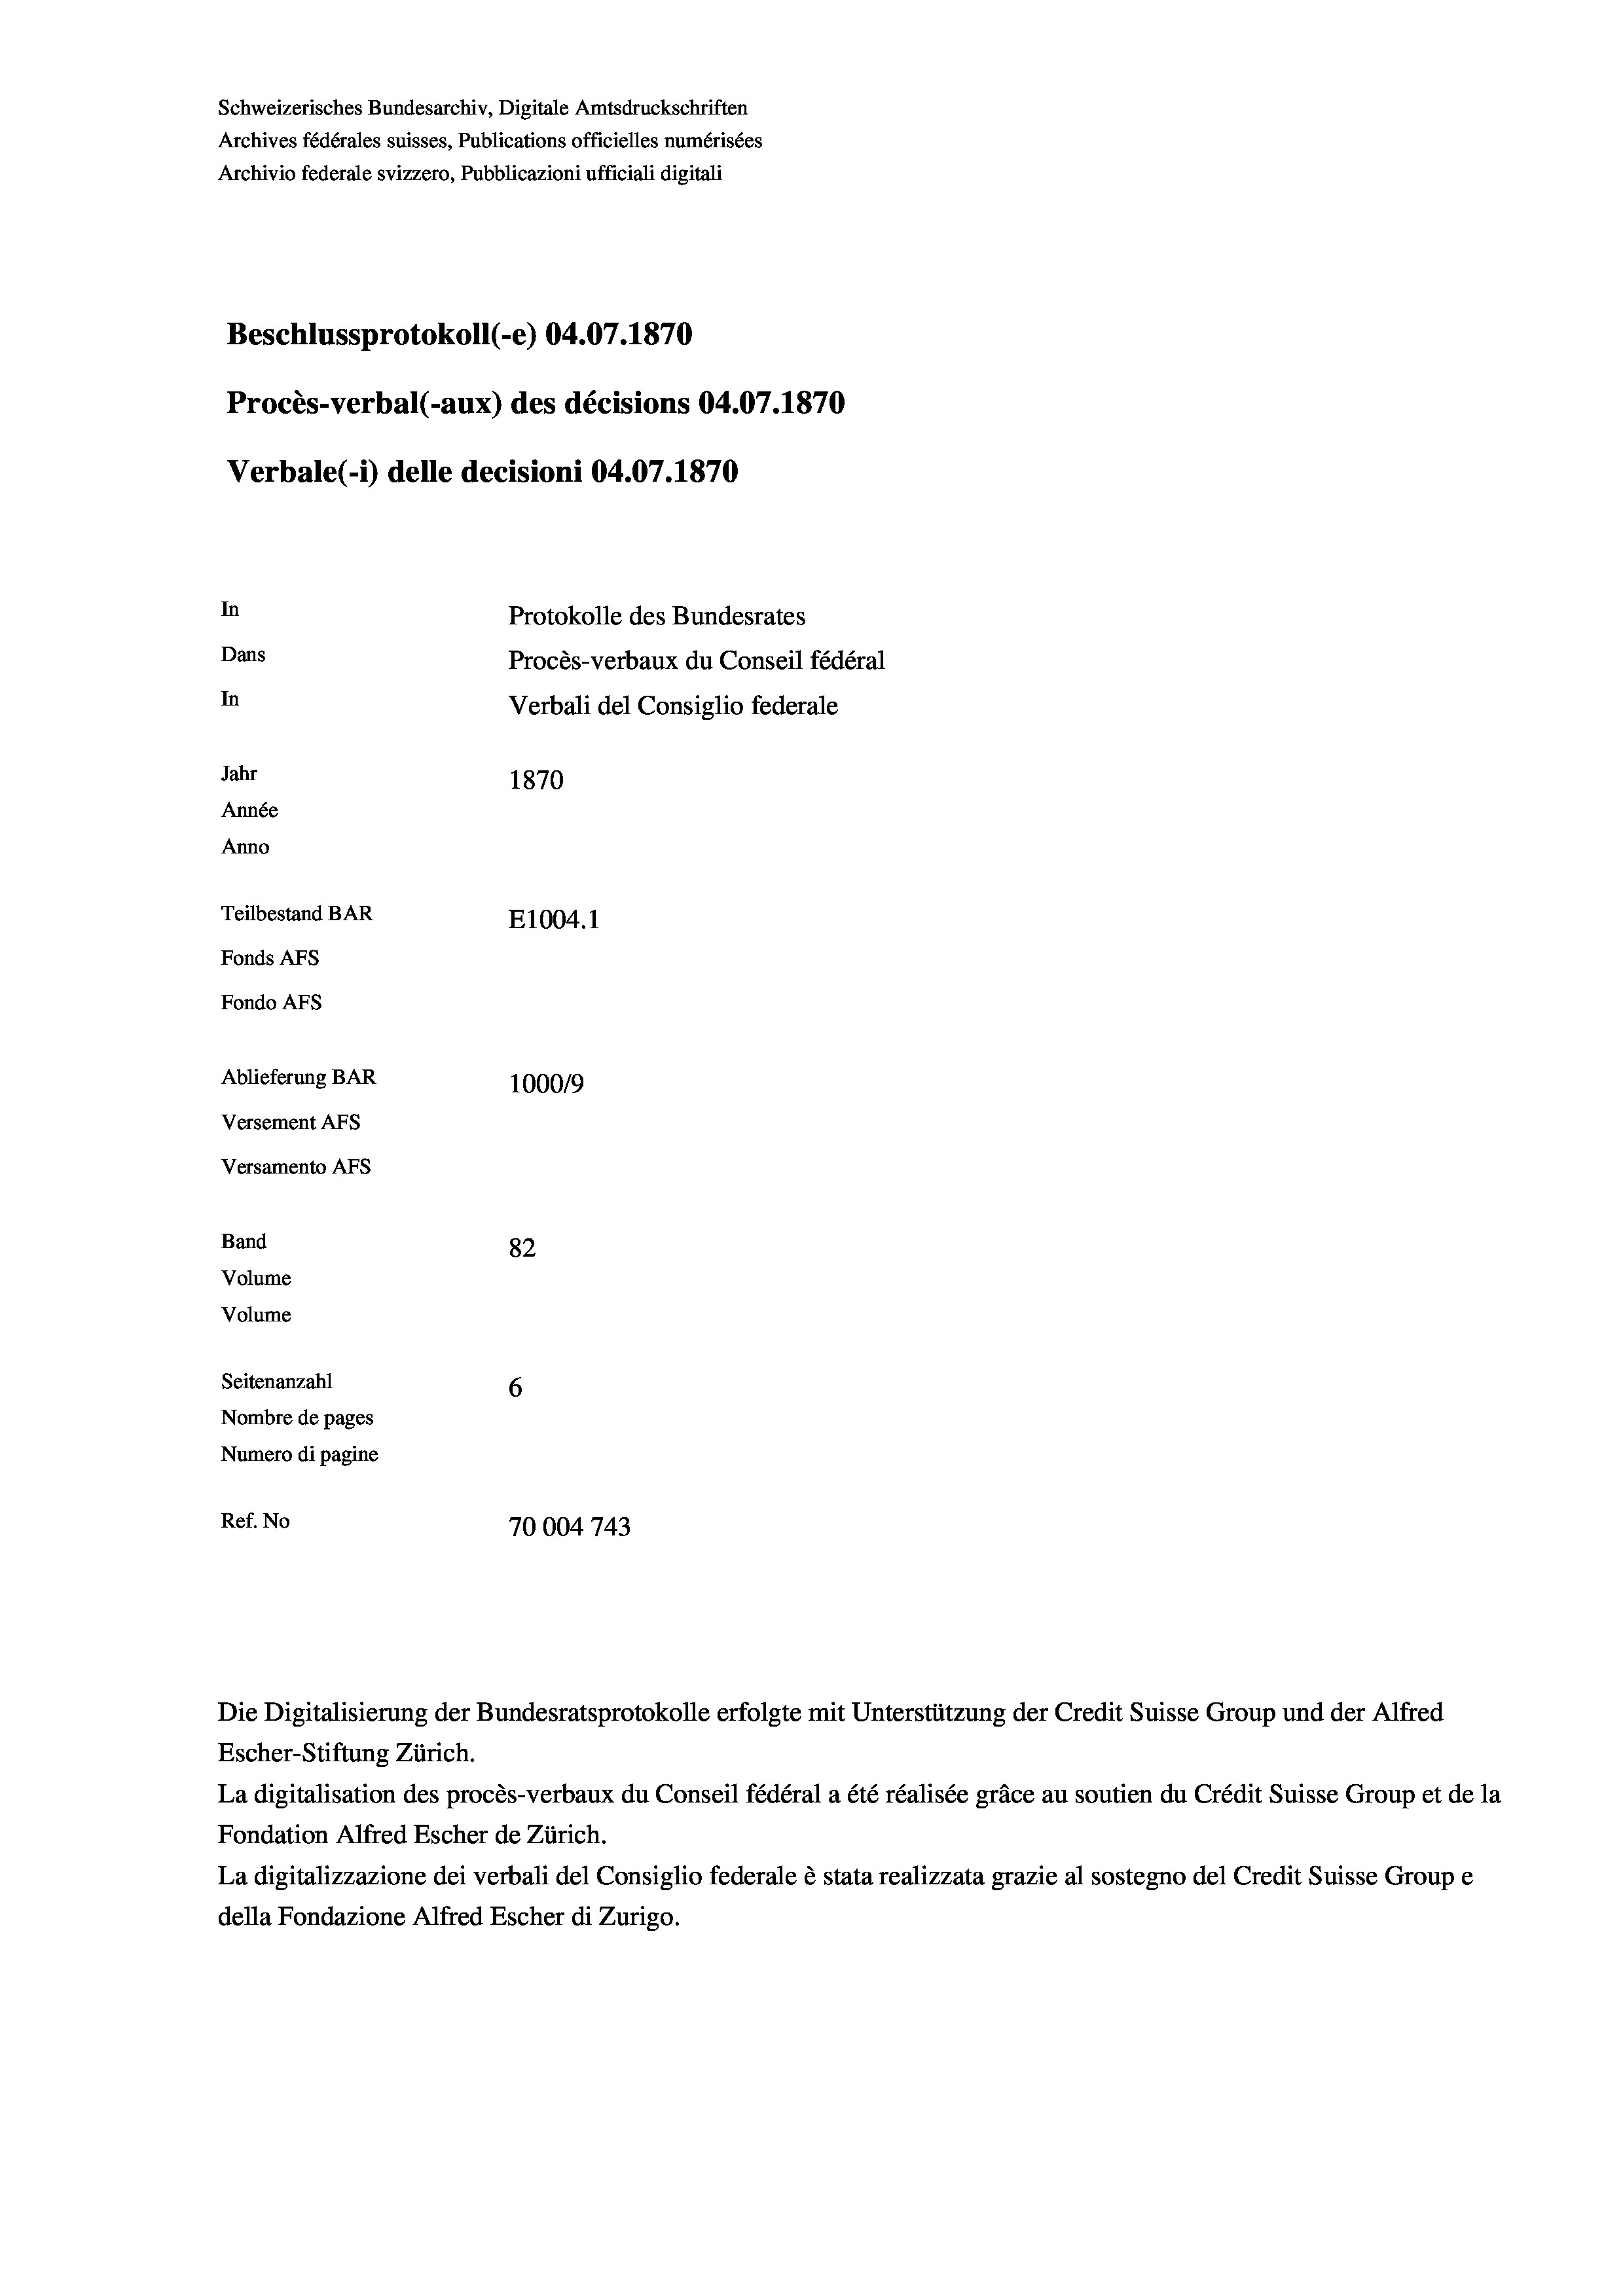
Schweizerisches Bundesarchiv, Digitale Amtsdruckschriften
Archives fédérales suisses, Publications officielles numérisées
Archivio federale svizzero, Pubblicazioni ufficiali digitali
Beschlussprotokoll (-e) 04.07. 1870
Procès-verbal (-aux) des décisions 04.07.1870
Verbale (1) delle decisioni 04.07. 1870
In
Protokolle des Bundesrates
Dans
Procès-verbaux du Conseil fédéral
In
Verbali del Consiglio federale
Jahr
1870
Année
Anno
Teilbestand BAR
E1004. 1
Fonds AFs
Fondo AFs
Ablieferung BAR
1000/9
Versement AFS
Versamento AFs
Band
82
Volume
Volume
Seitenanzahl
6
Nombre de pages
Numero di pagine
Ref. No
70004743

Escher-Stiftung Zürich.
La digitalisation des procès-verbaux du Conseil fédéral a été réalisée gräce au soutien du Crédit Suisse Group et de la
Fondation Alfred Escher de Zürich.
La digitalizzazione dei verbali del Consiglio federale è stata realizzata grazie al sostegno del Credit Suisse Groupe
della Fondazione Alfred Escher di Zurigo.

Die Digitalisierung der Bundesratsprotokolle erfolgte mit Unterstützung der Credit Suisse Group und der Alfred